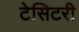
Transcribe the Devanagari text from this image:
टेसिटरी